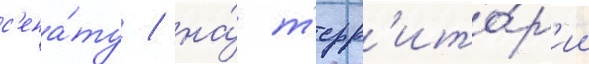
с'ена́ту / на́ т'ерр'ито́р'ии